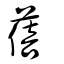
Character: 蓓